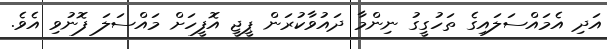
އަދި އެމައްސަލައިގެ ތަހުގީގު ނިންމާ ދައުވާކުރަން ޕީޖީ އޮފީހަށް މައްސަލަ ފޮނުވި އެވެ.